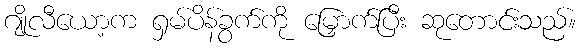
ဂျိုလီယော့က ရှမ်ပိန်ခွက်ကို မြှောက်ပြီး ဆုတောင်းသည်။